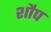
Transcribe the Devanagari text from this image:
शौप